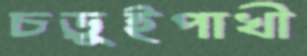
চড়ুইপাখী